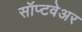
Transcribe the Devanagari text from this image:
सॉप्टवेअर